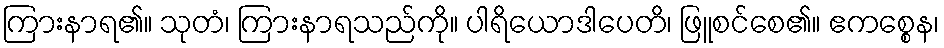
ကြားနာရ၏။ သုတံ၊ ကြားနာရသည်ကို။ ပါရိယောဒါပေတိ၊ ဖြူစင်စေ၏။ ဧကစ္စေန၊